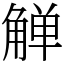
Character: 觯